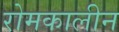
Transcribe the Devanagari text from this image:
रोमकालीन